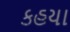
કહયા